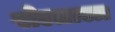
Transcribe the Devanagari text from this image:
सेल्ताला